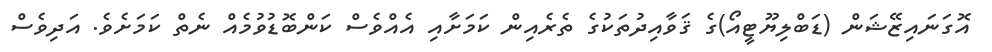
އޮގަނައިޒޭޝަން (ޑަބްލިޔޫޓީއޯ)ގެ ޤަވާއިދުތަކުގެ ތެރެއިން ކަމަށާއި އެއްވެސް ކަންބޮޑުވުމެއް ނެތް ކަމަށެވެ. އަދިވެސް